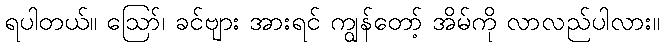
ရပါတယ်။ ဪ၊ ခင်ဗျား အားရင် ကျွန်တော့် အိမ်ကို လာလည်ပါလား။